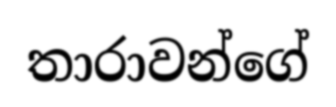
තාරාවන්ගේ